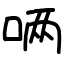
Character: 唡